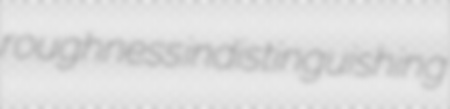
roughness indistinguishing